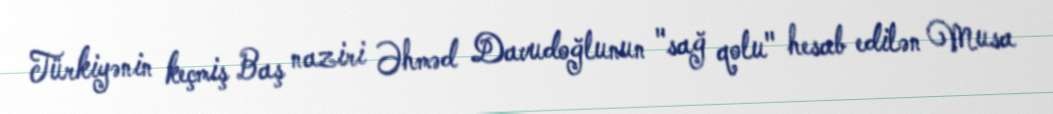
Türkiyənin keçmiş Baş naziri Əhməd Davudoğlunun "sağ qolu" hesab edilən Musa